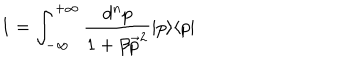
1 = { \int _ { - \infty } ^ { + \infty } \frac { d ^ { n } p } { 1 + \beta \vec { p } ^ { 2 } } } \vert p \rangle \langle p \vert